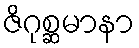
ဇိဂုစ္ဆမာနာ